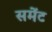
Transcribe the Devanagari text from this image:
समेंट